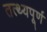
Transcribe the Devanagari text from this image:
तत्थ्यपूर्ण